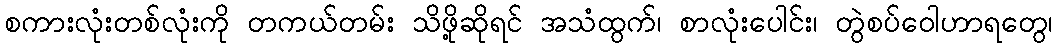
စကားလုံးတစ်လုံးကို တကယ်တမ်း သိဖို့ဆိုရင် အသံထွက်၊ စာလုံးပေါင်း၊ တွဲစပ်ဝေါဟာရတွေ၊